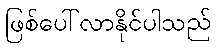
ဖြစ်ပေါ်လာနိုင်ပါသည်